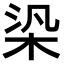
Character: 𣑃